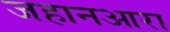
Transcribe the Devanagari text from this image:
जहानआरा